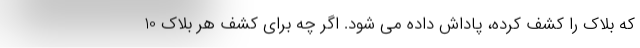
که بلاک را کشف کرده، پاداش داده می شود. اگر چه برای کشف هر بلاک 10